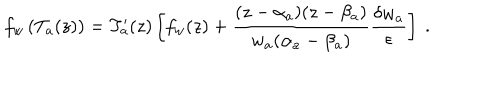
f _ { w } \left( T _ { a } ( z ) \right) = T _ { a } ^ { \prime } ( z ) \left[ f _ { w } ( z ) + \frac { ( z - \alpha _ { a } ) ( z - \beta _ { a } ) } { w _ { a } ( \alpha _ { a } - \beta _ { a } ) } \frac { \delta w _ { a } } { \epsilon } \right] \ .